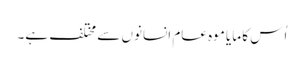
اُس کا مایا موہ عام انسانوں سے مختلف ہے۔